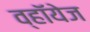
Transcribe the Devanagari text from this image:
व्हॉयेज